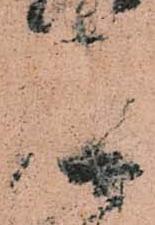
庫